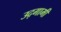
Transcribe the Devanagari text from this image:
उद्‌गामी